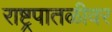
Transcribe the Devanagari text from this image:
राष्ट्रपातळीवर